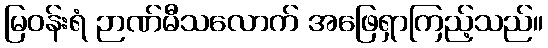
မြဝန်းရံ ဉာဏ်မီသလောက် အဖြေရှာကြည့်သည်။